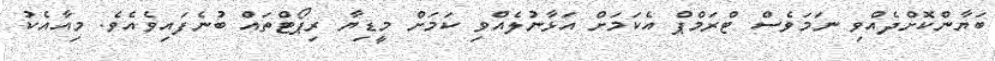
ބަޔާންކޮށްދެއްވި ނަމަވެސް ޓްރަމްޕް އެކަމަށް އަޅާނުލެއްވި ކަމަށް މީޑިޔާ ރިޕޯޓްތައް ބުނެފައިވެއެވެ. މިއާއެކު